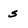
Character: s